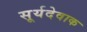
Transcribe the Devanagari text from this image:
सूर्यदेवाक